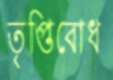
তৃপ্তিবোধ